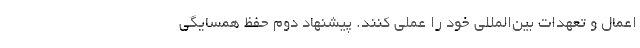
اعمال و تعهدات بین‌المللی خود را عملی کنند. پیشنهاد دوم حفظ همسایگی